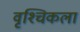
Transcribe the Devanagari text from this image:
वृश्‍चिकला